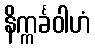
နိက္ကင်္ခဝါဟံ